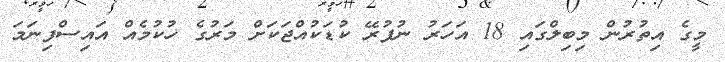
މީގެ އިތުރުން މިބިލްގައި 18 އަހަރު ނުފުރޭ ކުޑަކުއްޖަކަށް މަރުގެ ހުކުމެއް އައިސްފިނަމަ